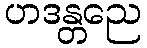
ဟဒန္တညေ